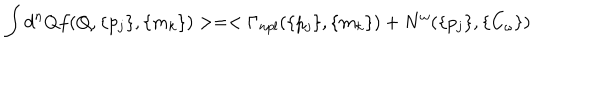
LaTeX: \int d ^ { n } Q f ( Q , \{ p _ { j } \} , \{ m _ { k } \} ) > = < \Gamma _ { n p l } ( \{ p _ { j } \} , \{ m _ { k } \} ) + N ^ { \omega } ( \{ p _ { j } \} , \{ C _ { \omega } \} )